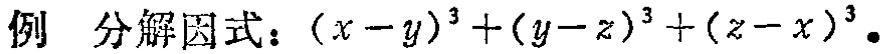
例 分解因式：\((x - y)^{3}+(y - z)^{3}+(z - x)^{3}\)。